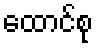
ထောင်စု